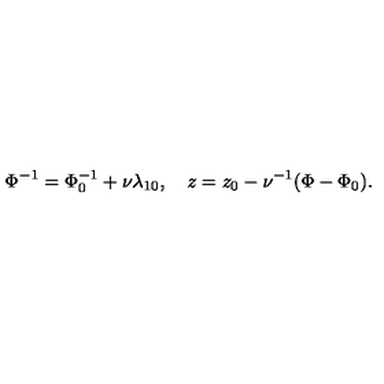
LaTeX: \Phi ^ { - 1 } = \Phi _ { 0 } ^ { - 1 } + \nu \lambda _ { 1 0 } , \quad z = z _ { 0 } - \nu ^ { - 1 } ( \Phi - \Phi _ { 0 } ) .